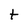
Character: t